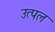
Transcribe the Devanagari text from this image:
उत्‍पल